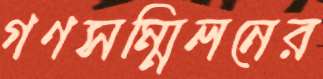
গণসম্মিলনের